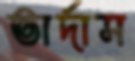
ভার্দাস